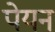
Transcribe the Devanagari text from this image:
पेयन